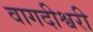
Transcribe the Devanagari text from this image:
वागदीश्वरी